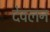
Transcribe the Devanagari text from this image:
देवलन